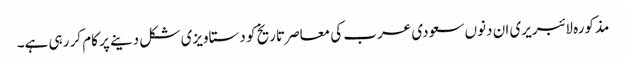
مذکورہ لائبریری ان دنوں سعودی عرب کی معاصر تاریخ کو دستاویزی شکل دینے پر کام کر رہی ہے۔